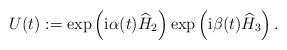
LaTeX: \begin{align*}U(t):=\exp\left({\rm i}\alpha(t) \widehat{H}_2\right)\exp\left({\rm i}\beta(t) \widehat{H}_3\right).\end{align*}